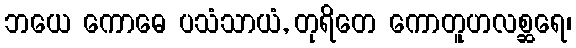
ဘယေ ကောဓေ ပသံသာယံ, တုရိတေ ကောတူဟလစ္ဆရေ၊